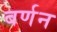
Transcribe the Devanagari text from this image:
बर्णन